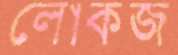
লোকজ